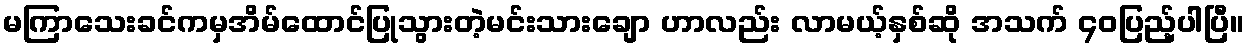
မကြာသေးခင်ကမှအိမ်ထောင်ပြုသွားတဲ့မင်းသားချော ဟာလည်း လာမယ့်နှစ်ဆို အသက် ၄၀ပြည့်ပါပြီ။